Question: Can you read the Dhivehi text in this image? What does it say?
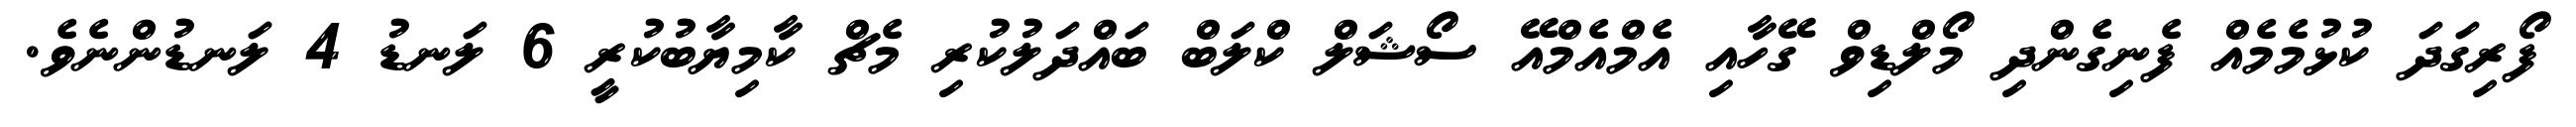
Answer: ފޯރިގަދަ ކުޅުމެމެއް ފެނިގެންދި މޯލްޑިވް ގޭހާއި އެމްއެމްއޭ ސޯޝަލް ކްލަބް ބައްދަލުކުރި މެޗް ކާމިޔާބުކުރީ 6 ލަނޑު 4 ލަނޑުންނެވެ.